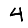
Digit: 4